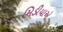
મિડીયાએ